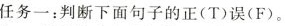
任务一:判断下面句子的正(T)误(F).